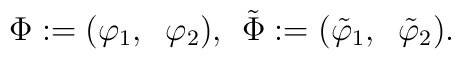
\Phi:=  (\varphi_1,\;\;\varphi_2),\,\;\tilde\Phi:=  (\tilde\varphi_1,\;\;\tilde\varphi_2).